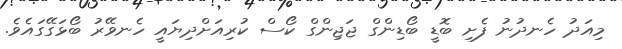
މިއަދު ހެނދުނު ފެށި ބޮޑީ ބޯޑިންގް ޖަޖިންގް ކޯސް ކުރިއަށްދިޔައީ ހެނވޭރު ބޯޅަގޭގައެވެ.